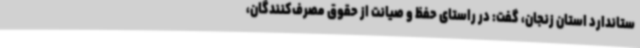
ستاندارد استان زنجان، گفت: در راستای حفظ و صیانت از حقوق مصرف‌کنندگان،